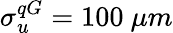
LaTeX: \sigma_{u}^{qG}=100\ \mu m